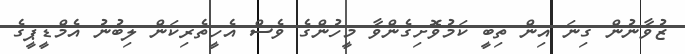
ޒުވާނުން ގިނަ އިން ތިބީ ކަމުވޮށިގެންވާ މީހުންގެ ވެސް އެހީތެރިކަން ލިބުނު އެމްޑީޕީގެ